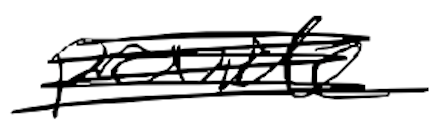
Text: provide
Cross-out: scratch
Writing tool: digital_black